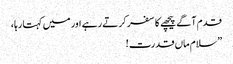
قدم آگے پیچھے کا سفر کرتے رہے اور میں کہتا رہا،
”سلام ماں قدرت !